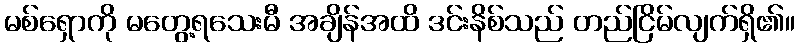
မစ်ရှောကို မတွေ့ရသေးမီ အချိန်အထိ ဒင်းနိစ်သည် တည်ငြိမ်လျက်ရှိ၏။